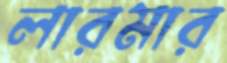
লারমার